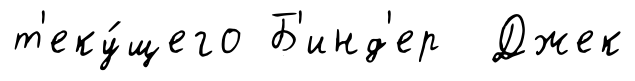
т'еку́щего Б'инд'ер Джек